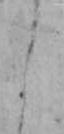
よ